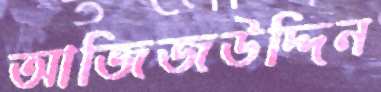
আজিজউদ্দিন